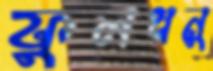
ফুলধনু